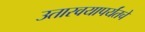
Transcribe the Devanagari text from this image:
उतारवयापर्यंतचे